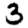
Digit: 3